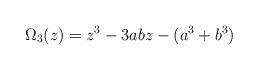
LaTeX: \begin{align*}\Omega_3(z) = z^3 - 3abz - (a^3 +b^3)\end{align*}